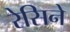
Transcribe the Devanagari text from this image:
रेसिने